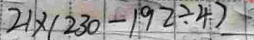
2 1 \times ( 2 3 0 - 1 9 2 \div 4 )